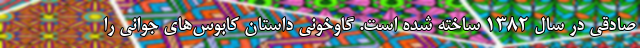
صادقي در سال 1382 ساخته شده است. گاوخوني داستان کابوس‌هاي جواني را